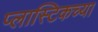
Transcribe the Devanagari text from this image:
प्लास्टिकच्या